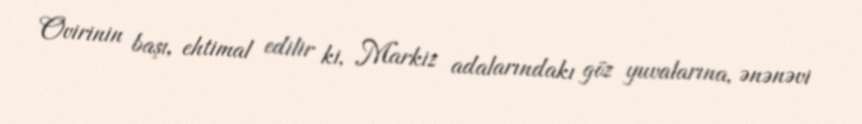
Ovirinin başı, ehtimal edilir ki, Markiz adalarındakı göz yuvalarına, ənənəvi